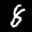
Label: 8